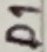
Text: D1